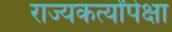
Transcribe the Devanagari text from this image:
राज्यकर्त्यांपेक्षा